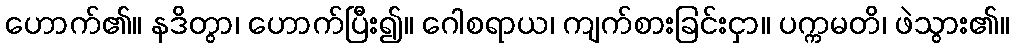
ဟောက်၏။ နဒိတွာ၊ ဟောက်ပြီး၍။ ဂေါစရာယ၊ ကျက်စားခြင်းငှာ။ ပက္ကမတိ၊ ဖဲသွား၏။